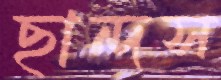
ছান্দস